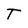
Character: t